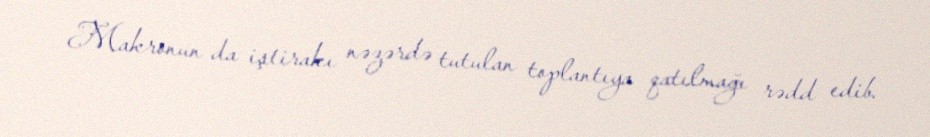
Makronun da iştirakı nəzərdə tutulan toplantıya qatılmağı rədd edib.